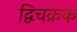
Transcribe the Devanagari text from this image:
द्विचक्रक